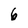
Character: 6